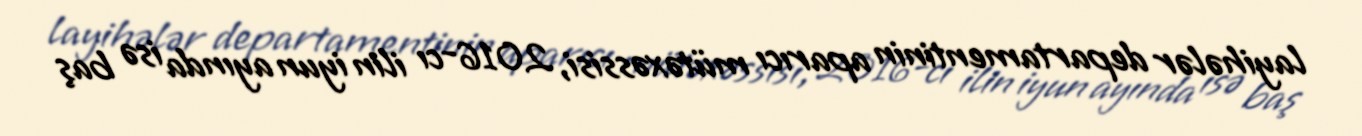
layihələr departamentinin aparıcı mütəxəssisi, 2016-cı ilin iyun ayında isə baş